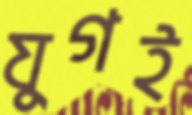
যুগই